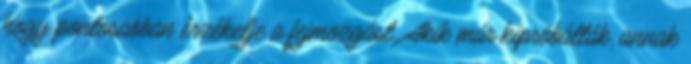
hogy pontosabban érzékelje a fejmozgást. Akik már kipróbálták, annak